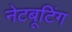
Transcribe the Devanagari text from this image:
नेटबूटिंग